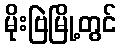
မိုးဗြဲမြို့တွင်